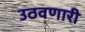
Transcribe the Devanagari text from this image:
उठवणारी